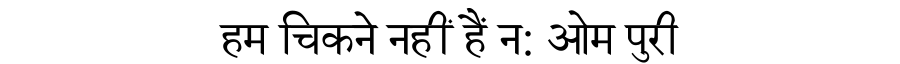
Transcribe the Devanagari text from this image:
हम चिकने नहीं हैं न: ओम पुरी